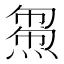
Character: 𤌝